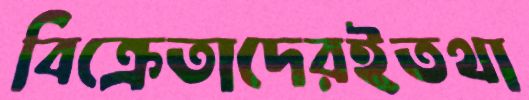
বিক্রেতাদেরইতথা